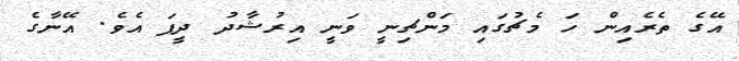
އޭގެ ތެރެއިން ހަ މެޗުގައި މަންޗިނީ ވަނީ އިރުޝާދު ދީފަ އެވެ. އޭނާގެ